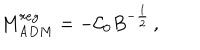
M _ { A D M } ^ { r e g } = - \mathcal { C } _ { 0 } B ^ { - \frac { 1 } { 2 } } \, ,